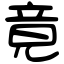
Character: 竟